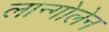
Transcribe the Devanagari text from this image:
लान्गोलेन